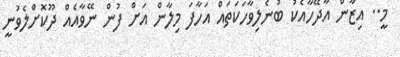
މީ.. އިޒާން އާދޭހާއެކު ބުނެލިވާހަކަތައް އަހާފަ މިލާން އަށް ފުން ނޭވާއެއް ދޫކޮށްލެވުނީ